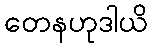
တေနဟုဒါယိ